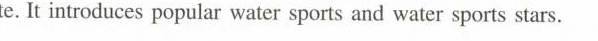
site. It introduces popular water sports and water sports stars.